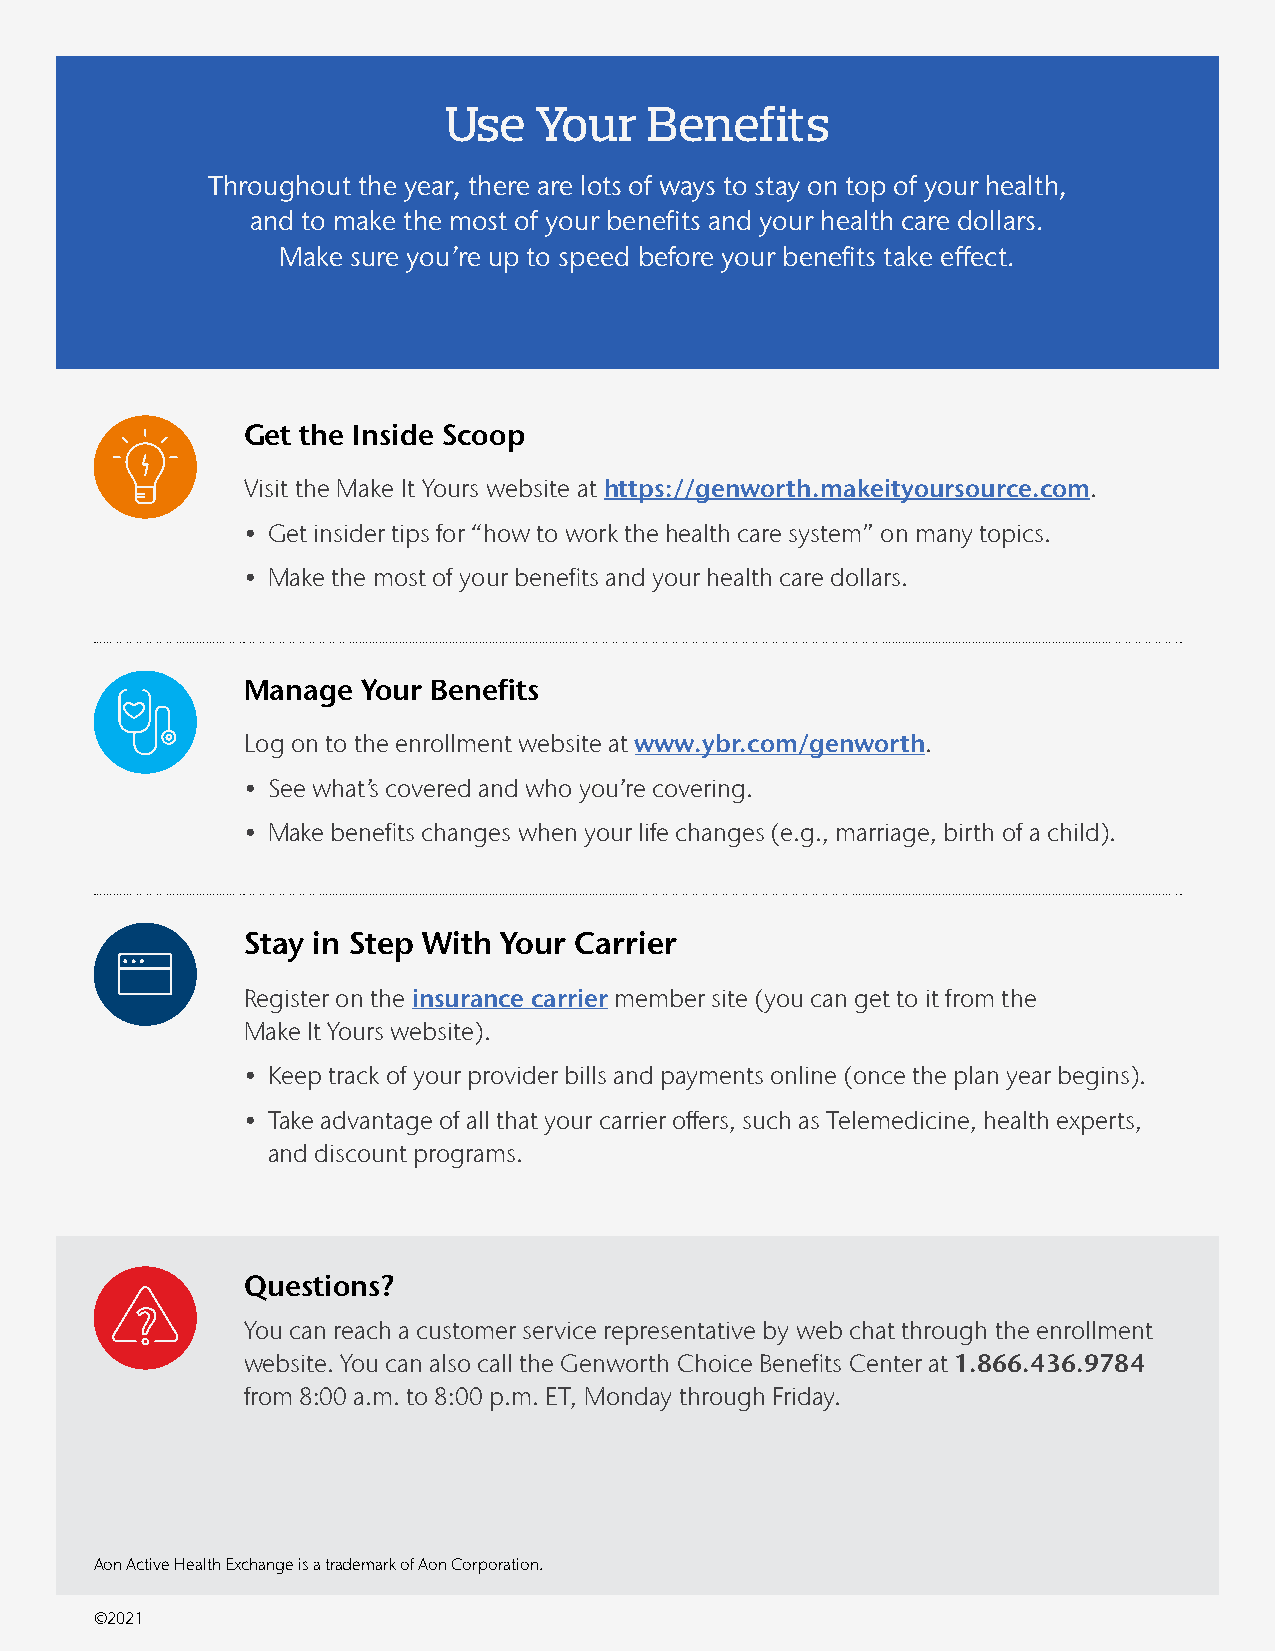
Use   Your    Benefits
 Throughout the year, there are lots of ways to stay on top of your health,
 and to make the most of your benefits and your health care dollars.
 Make sure you’re up to speed before your benefits take effect.
 Get the Inside Scoop
 Visit the Make It Yours website at https://genworth.makeityoursource.com.
 • Get insider tips for “how to work the health care system” on many topics.
 • Make the most of your benefits and your health care dollars.
 Manage  Your Benefits
 Log on to the enrollment website at www.ybr.com/genworth.
 • See what’s covered and who you’re covering.
 • Make benefits changes when your life changes (e.g., marriage, birth of a child).
 Stay in Step With Your Carrier
 Register on the insurance carrier member site (you can get to it from the
 Make It Yours website).
 • Keep track of your provider bills and payments online (once the plan year begins).
 • Take advantage of all that your carrier offers, such as Telemedicine, health experts,
 and discount programs.
 Questions?
 You can reach a customer service representative by web chat through the enrollment
 website. You can also call the Genworth Choice Benefits Center at 1.866.436.9784
 from 8:00 a.m. to 8:00 p.m. ET, Monday through Friday.
 Aon Active Health Exchange is a trademark of Aon Corporation.
 ©2021